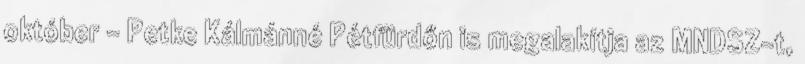
október – Petke Kálmánné Pétfürdőn is megalakítja az MNDSZ-t,